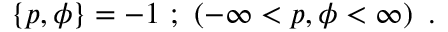
\left\{ p , \phi \right\} = - 1 \ ; \ \left( - \infty < p , \phi < \infty \right) \ .